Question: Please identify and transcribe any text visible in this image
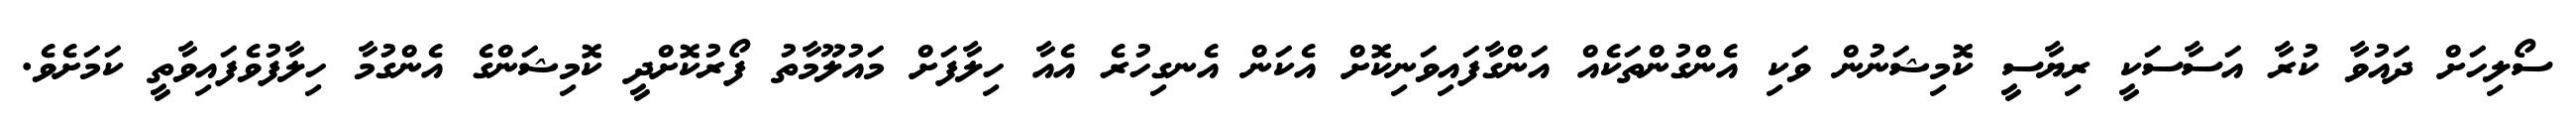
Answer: ސޯލިހަށް ދައުވާ ކުރާ އަސާސަކީ ރިޔާސީ ކޮމިޝަނުން ވަކި އެންގުންތަކެއް އަންގާފައިވަނިކޮށް އެކަން އެނގިހުރެ އެއާ ހިލާފަށް މައުލޫމާތު ފޯރުކޮށްދީ ކޮމިޝަންގެ އެންގުމާ ހިލާފުވެފައިވާތީ ކަމަށެވެ.